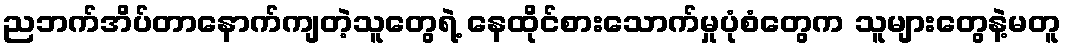
ညဘက်အိပ်တာနောက်ကျတဲ့သူတွေရဲ့ နေထိုင်စားသောက်မှုပုံစံတွေက သူများတွေနဲ့မတူ